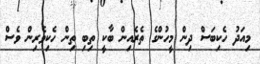
މިއަދު ހެކިބަސް ދިން މީހުންގެ ތެރެއިން ބާކީ ތިބި ތިން ހެކިވެރިން ވެސް